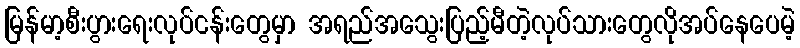
မြန်မာ့စီးပွားရေးလုပ်ငန်းတွေမှာ အရည်အသွေးပြည့်မီတဲ့လုပ်သားတွေလိုအပ်နေပေမဲ့